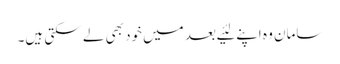
سامان وہ اپنے لئیے بعد میں‌خود بھی لے سکتی ہیں۔